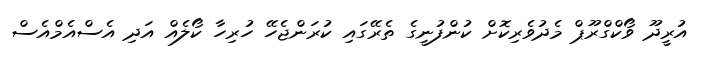
އުރީދޫ ވޯކްގްރޫޕް މެދުވެރިކޮށް ކުންފުނީގެ ތެރޭގައި ކުރަންޖެހޭ ހުރިހާ ކޯލެއް އަދި އެސްއެމްްއެސް